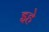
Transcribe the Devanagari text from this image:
इहे